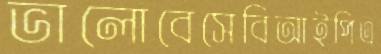
ভালোবেসেবিআইপিএ